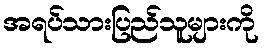
အရပ်သားပြည်သူများကို